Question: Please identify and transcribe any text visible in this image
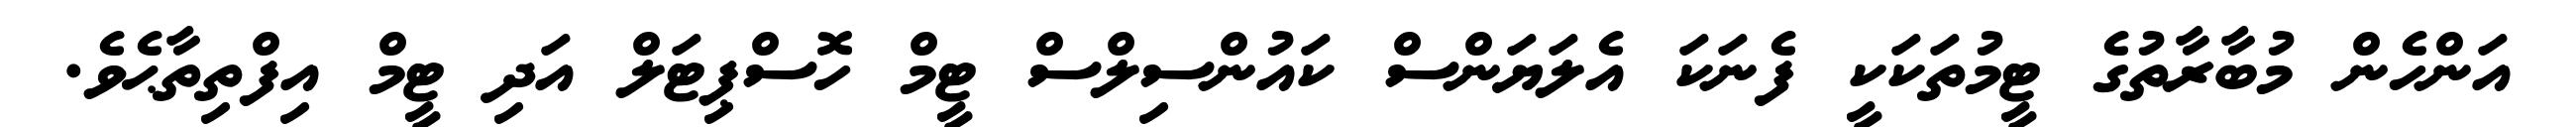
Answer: އަންހެން މުބާރާތުގެ ޓީމުތަކަކީ ފެނަކަ އެލަޔަންސް ކައުންސިލްސް ޓީމް ހޮސްޕިޓަލް އަދި ޓީމް އިފްތިތާޙެވެ.